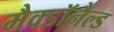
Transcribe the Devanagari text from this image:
मैक्डॉनैल्ड